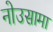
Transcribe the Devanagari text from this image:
नोउसामा